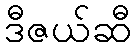
ဒီဇယ်ဆီ